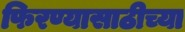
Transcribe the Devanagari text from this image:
फिरण्यासाठीच्या